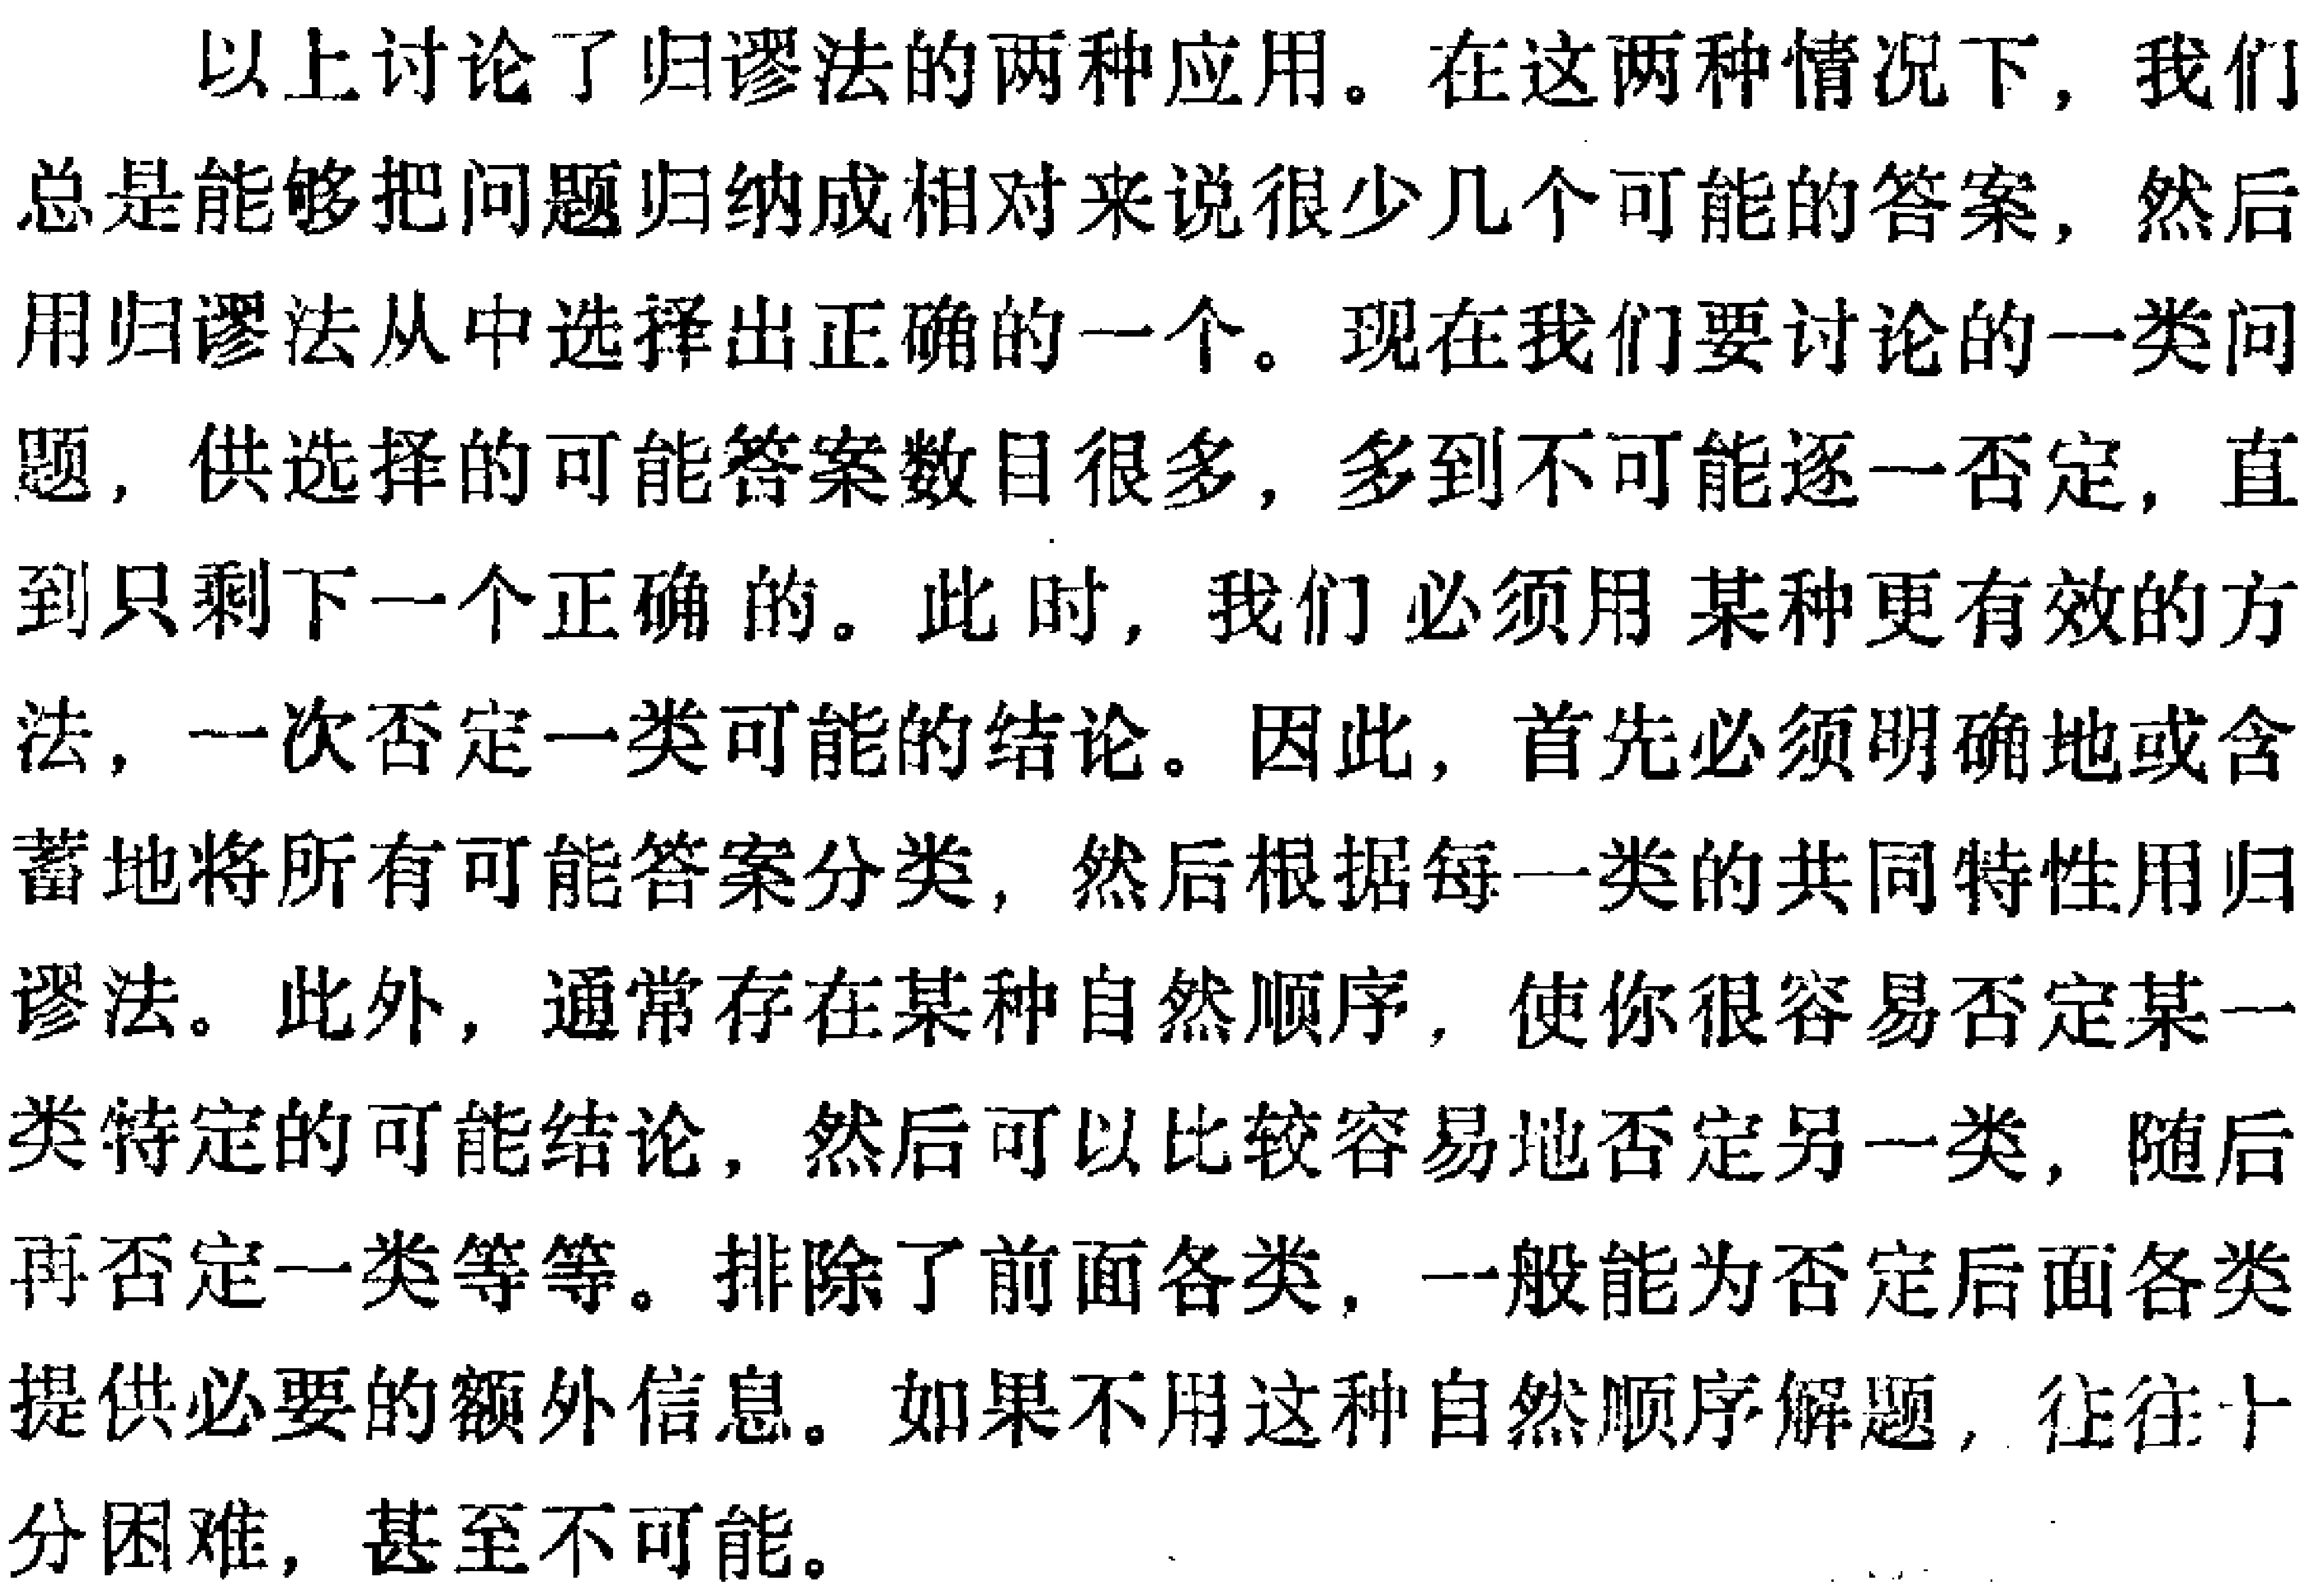
以上讨论了归谬法的两种应用。在这两种情况下, 我们
总是能够把问题归纳成相对来说很少几个可能的答案, 然后
用归谬法从中选择出正确的一个。现在我们要讨论的一类问
题, 供选择的可能答案数目很多, 多到不可能逐一否定, 直
到只剩下一个正确的。此时, 我们必须用某种更有效的方
法, 一次否定一类可能的结论。因此, 首先必须明确地或含
蓄地将所有可能答案分类, 然后根据每一类的共同特性用归
谬法。此外, 通常存在某种自然顺序, 使你很容易否定某一
类特定的可能结论, 然后可以比较容易地否定另一类, 随后
再否定一类等等。排除了前面各类, 一般能为否定后面各类
提供必要的额外信息。如果不用这种自然顺序解题, 往往十
分困难, 甚至不可能。